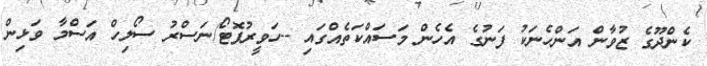
ކެންދޫގެ ޒުވާން އަންހެނަކު ފަނުގެ އެހެން މަސައްކަތެއްގައި --ހަވީރުފޮޓޯ/ނަސްރު ސޯލިހް އަސްމާ ވަޅިން